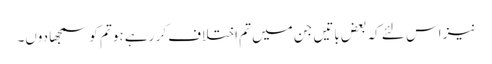
نیز اس لئے کہ بعض باتیں جن میں تم اختلاف کر رہے ہو تم کو سمجھا دوں۔